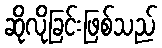
ဆိုလိုခြင်းဖြစ်သည်